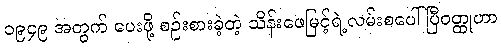
၁၉၄၉ အတွက် ပေးဖို့ စဉ်းစားခဲ့တဲ့ သိန်းဖေမြင့်ရဲ့လမ်းစပေါ်ပြီဝတ္ထုဟာ